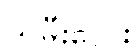
သမီးလေး